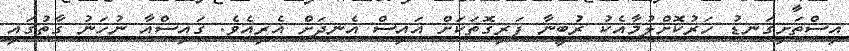
އިސްތަށިގަނޑު ހަރުކޮށްލުމާއެކު ރުބީނާ ފަރިގޮތަކަށް އައިސް އެނދަށް އެރިއެވެ. ޤައިސްއާ ނުހަނު ގާތުގައި